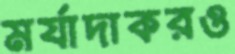
মর্যাদাকরও